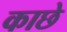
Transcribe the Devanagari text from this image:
काछे